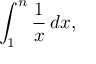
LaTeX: \int _ { 1 } ^ { n } { \frac { 1 } { x } } \, d x ,